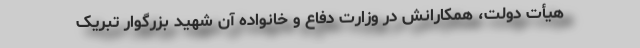
هیأت دولت، همکارانش در وزارت دفاع و خانواده آن شهید بزرگوار تبریک